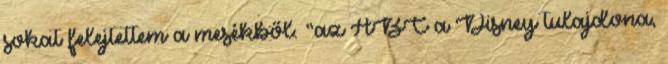
sokat felejtettem a mesékből. “az ABC a Disney tulajdona,